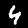
Label: 4